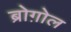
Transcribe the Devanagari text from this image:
ब्रोग़ोल